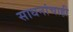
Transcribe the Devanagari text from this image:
साधनांचाही